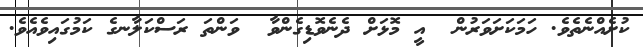
ކުށެއްނެތެވެ. ހަމަކަށަވަރުން  އީ މޮޅަށް ދެނެވޮޑިގެންވާ  ވަންތަ ރަސްކަލާނގެ ކަމުގައިވެއެވެ.